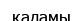
қадамы